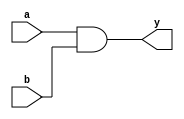
`timescale 1ns / 1ps
//////////////////////////////////////////////////////////////////////////////////
// Company: SJCET
// 
// Design Name: 
// Module Name:    AND_Gate 
// Project Name: Logic_Gates
// Target Devices: 
// Tool versions: 
// Description: 
//
// Dependencies: 
//
// Revision: 
// Revision 0.01 - File Created
// Additional Comments: 
//
//////////////////////////////////////////////////////////////////////////////////
module AND_Gate(
    input a,
    input b,
    output y
    );

and(y,a,b);
endmodule